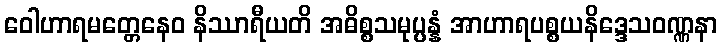
ဝေါဟာရမတ္တေနေဝ နိဿာရီယတိ အဓိစ္စသမုပ္ပန္နံ အာဟာရပစ္စယနိဒ္ဒေသဝဏ္ဏနာ